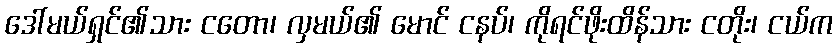
ဒေါ်မယ်ရှင်၏သား ငတော၊ လှမယ်၏ မောင် ငနပ်၊ ကိုရင်ဖိုးထိန်သား ငတိုး၊ ငယ်က